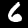
Label: 6